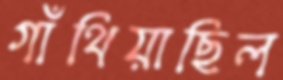
গাঁথিয়াছিল